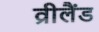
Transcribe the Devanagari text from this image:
व्रीलैंड